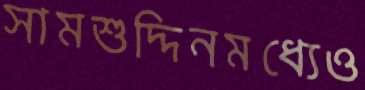
সামশুদ্দিনমধ্যেও